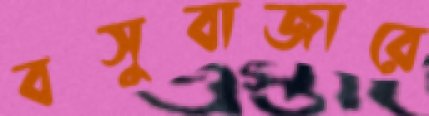
বসুবাজারে